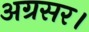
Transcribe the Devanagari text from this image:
अग्रसर।